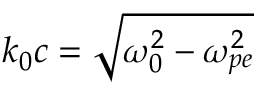
k _ { 0 } c = \sqrt { \omega _ { 0 } ^ { 2 } - \omega _ { p e } ^ { 2 } }